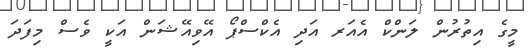
މީގެ އިތުރުން ލަންކް އެއަރ އަދި އެކްސްޕޯ އޭވިއޭޝަން އަކީ ވެސް މިފަދަ